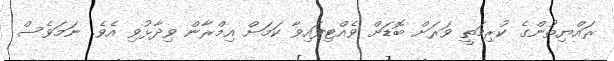
ރައްޔިތުންގެ ކުރިމަތީ ވަރަށް ބޮޑަށް ވެއްޓިފައިވާ ކަމަށް އިމްރާން ވިދާޅުވި އެވެ. ނަމަވެސް